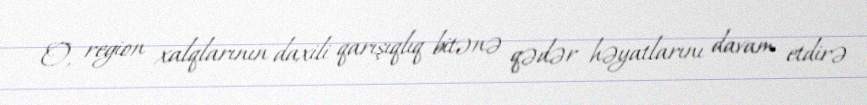
O, region xalqlarının daxili qarışıqlıq bitənə qədər həyatlarını davam etdirə